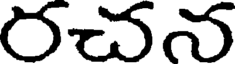
రచన